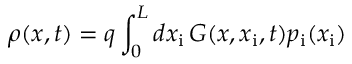
\rho ( x , t ) = q \int _ { 0 } ^ { L } d x _ { \mathrm { i } } \, G ( x , x _ { \mathrm { i } } , t ) p _ { \mathrm { i } } ( x _ { \mathrm { i } } )